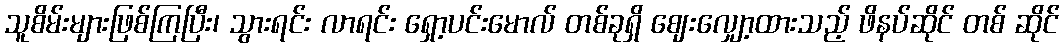
သူစိမ်းများဖြစ်ကြပြီး၊ သွားရင်း လာရင်း ရှော့ပင်းမောလ် တစ်ခုရှိ ဈေးလျှော့ထားသည့် ဖိနပ်ဆိုင် တစ် ဆိုင်